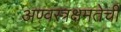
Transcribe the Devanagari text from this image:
अण्वस्त्रक्षमतेची